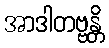
အာဒါတဗ္ဗန္တိ